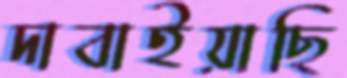
দাবাইয়াছি